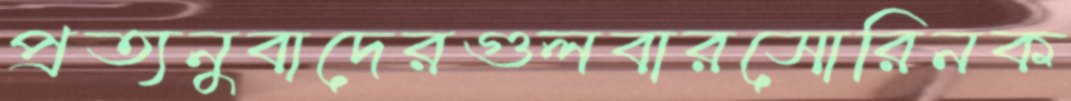
প্রত্যনুবাদেরগুলবারসোরিনক